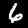
Digit: 6